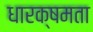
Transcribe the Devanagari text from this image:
धारक्षमता